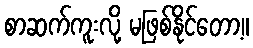
စာဆက်ကူးလို့ မဖြစ်နိုင်တော့။